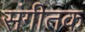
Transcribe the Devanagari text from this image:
संगीतक